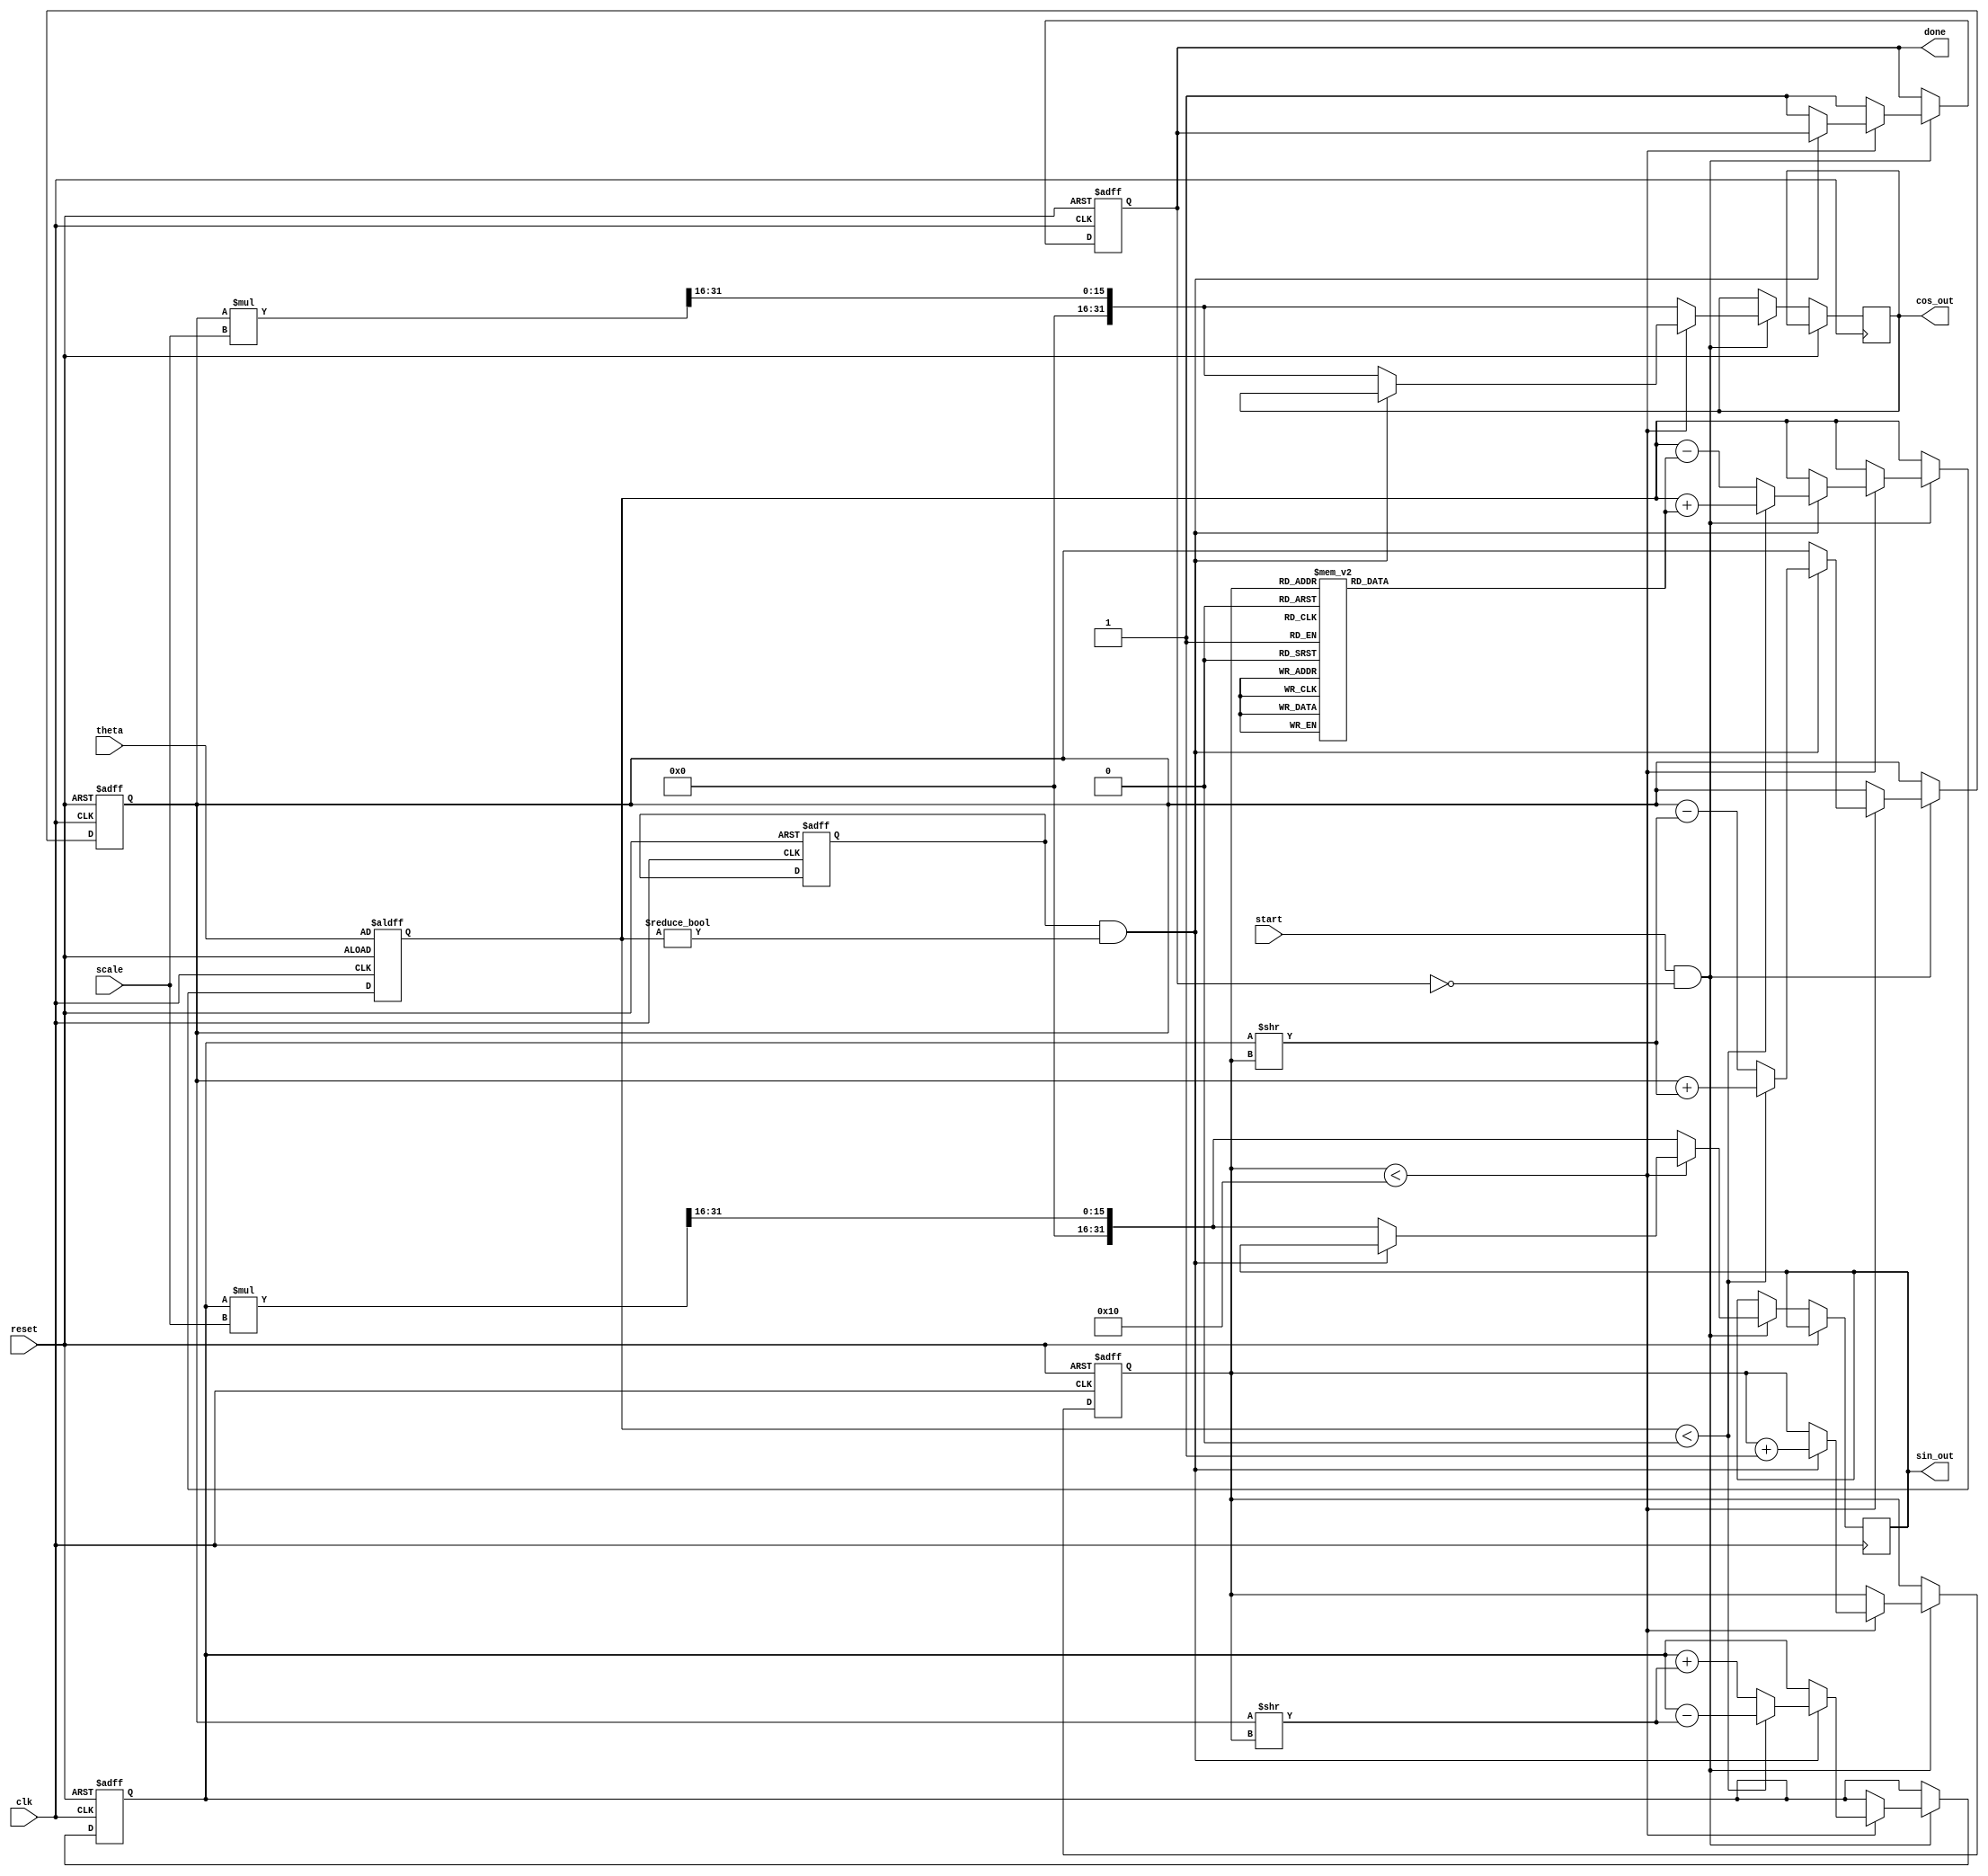
module Adaptive_CORDIC (
    input wire clk,
    input wire reset,
    input wire [31:0] theta,          // Input angle in radians (fixed-point)
    input wire [31:0] scale,          // Scaling factor
    input wire start,                 // Start signal
    output reg [31:0] cos_out,        // Cosine output
    output reg [31:0] sin_out,        // Sine output
    output reg done                   // Done signal
);

    // Parameters
    parameter MAX_ITERATIONS = 16;    // Maximum number of iterations
    parameter ANGLE_TABLE_SIZE = 16;  // Size of angle table

    // Internal signals
    reg [31:0] x, y;                  // CORDIC vector components
    reg [31:0] z;                     // Remaining angle
    reg [3:0] iteration;              // Current iteration count
    reg [31:0] angle_table [0:ANGLE_TABLE_SIZE-1]; // Angle table
    reg adaptive_mode;                // Flag for adaptive mode

    // Initialize angle table with precomputed arctangent values
    initial begin
        angle_table[0] = 32'h00000000; // atan(0) = 0
        angle_table[1] = 32'h0000003F; // atan(1) = pi/4
        angle_table[2] = 32'h00000020; // atan(0.5) = pi/6
        angle_table[3] = 32'h0000001A; // atan(0.25) = pi/12
        // ... Populate with more values as needed
    end

    // Control Unit
    always @(posedge clk or posedge reset) begin
        if (reset) begin
            x <= 32'h00000001; // Initial x = 1
            y <= 32'h00000000; // Initial y = 0
            z <= theta;        // Load input angle
            iteration <= 0;
            done <= 0;
            adaptive_mode <= 1; // Enable adaptive mode
        end else if (start && !done) begin
            if (iteration < MAX_ITERATIONS) begin
                // Adaptive mechanism: Check if more iterations are needed
                if (adaptive_mode && (z != 0)) begin
                    if (z < 0) begin
                        // Perform rotation in the negative direction
                        z <= z + angle_table[iteration];
                        x <= x + (y >> iteration);
                        y <= y - (x >> iteration);
                    end else begin
                        // Perform rotation in the positive direction
                        z <= z - angle_table[iteration];
                        x <= x - (y >> iteration);
                        y <= y + (x >> iteration);
                    end
                    iteration <= iteration + 1;
                end else begin
                    // Finalize output
                    cos_out <= (x * scale) >> MAX_ITERATIONS; // Scale the output
                    sin_out <= (y * scale) >> MAX_ITERATIONS; // Scale the output
                    done <= 1; // Signal completion
                end
            end else begin
                // Finalize output if max iterations reached
                cos_out <= (x * scale) >> MAX_ITERATIONS;
                sin_out <= (y * scale) >> MAX_ITERATIONS;
                done <= 1; // Signal completion
            end
        end
    end

endmodule